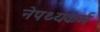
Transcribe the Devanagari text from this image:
नेपथ्यकर्म